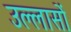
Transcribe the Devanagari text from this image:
उल्लासों